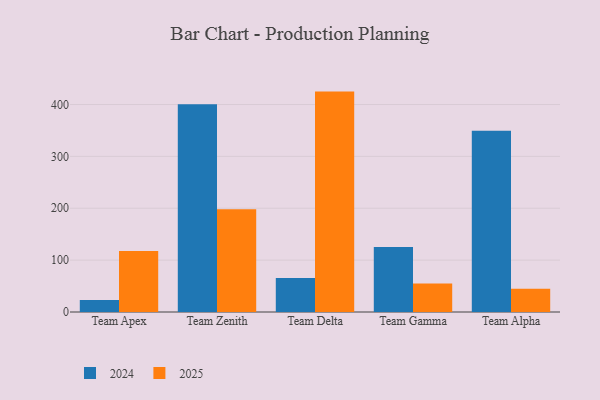
{"axis": {"x": "Team", "y": "Waste Production (Tons)"}, "legend": ["2024", "2025"], "data": [{"x": "Team Apex", "y": 23.1, "type": "2024"}, {"x": "Team Apex", "y": 117.6, "type": "2025"}, {"x": "Team Zenith", "y": 400.7, "type": "2024"}, {"x": "Team Zenith", "y": 197.9, "type": "2025"}, {"x": "Team Delta", "y": 65.4, "type": "2024"}, {"x": "Team Delta", "y": 424.9, "type": "2025"}, {"x": "Team Gamma", "y": 125.2, "type": "2024"}, {"x": "Team Gamma", "y": 54.8, "type": "2025"}, {"x": "Team Alpha", "y": 349.2, "type": "2024"}, {"x": "Team Alpha", "y": 44.6, "type": "2025"}]}